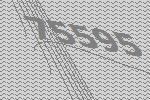
75595